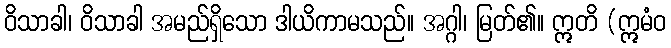
ဝိသာခါ၊ ဝိသာခါ အမည်ရှိသော ဒါယိကာမသည်။ အဂ္ဂါ၊ မြတ်၏။ ဣတိ (ဣမံဝ